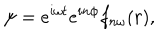
\psi = e ^ { i \omega t } e ^ { i n \phi } f _ { n \omega } ( r ) ,